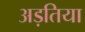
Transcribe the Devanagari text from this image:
अड़तिया